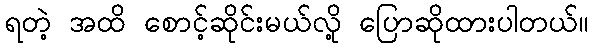
ရတဲ့ အထိ စောင့်ဆိုင်းမယ်လို့ ပြောဆိုထားပါတယ်။